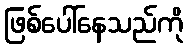
ဖြစ်ပေါ်နေသည်ကို